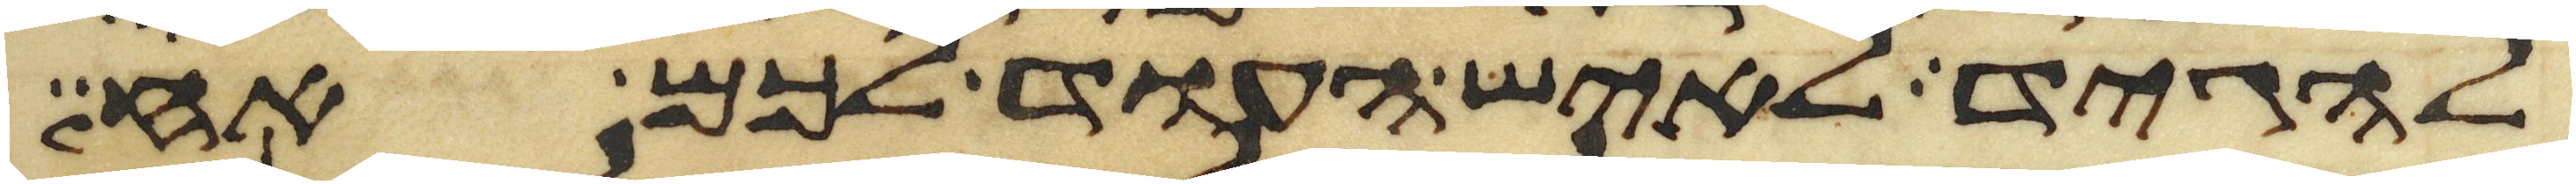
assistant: להגיד לאיש העוד לכם אח